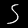
Label: 5